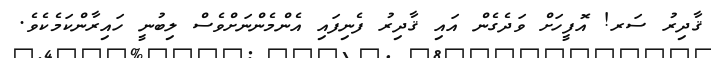
ޤާދިރު ސަރ! އޮފީހަށް ވަދެގެން އައި ޤާދިރު ފެނިފައި އެންމެންނަށްވެސް ލިބުނީ ހައިރާންކަމެކެވެ.